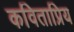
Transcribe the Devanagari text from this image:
कविताप्रिय